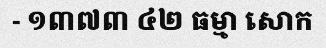
- ១៣៧៣ ៤២ ធម្មា សោក